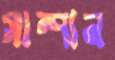
সাম্পান